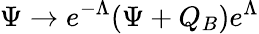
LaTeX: \Psi\to e^{-\Lambda}(\Psi+Q_{B})e^{\Lambda}